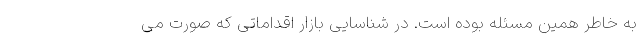
به خاطر همین مسئله بوده است. در شناسایی بازار اقداماتی که صورت می